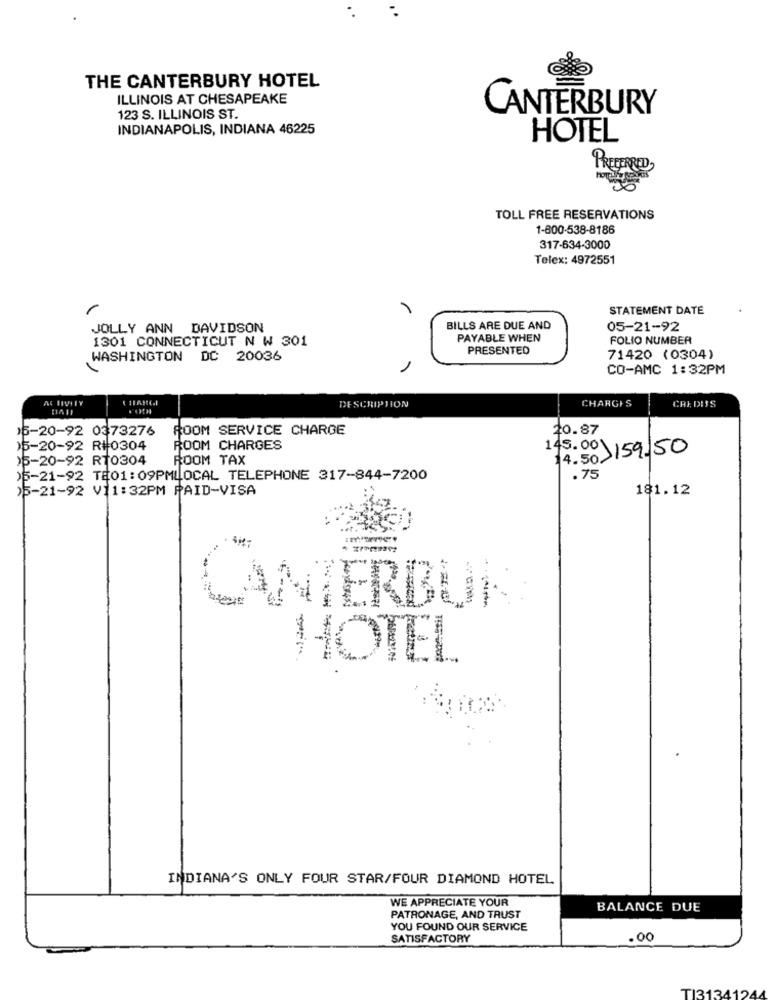
THE CANTERBURY HOTEL
ILLINOIS AT CHESAPEAKE
CANTERBURY
123 S. ILLINOIS ST.
INDIANAPOLIS, INDIANA 46225
HOTEL
PREFERRED,
TOLL FREE RESERVATIONS
1-800-538-8186
317-634-3000
Telex: 4972551
STATEMENT DATE
JOLLY ANN DAVIDSON
BILLS ARE DUE AND
05-21-92
1301 CONNECTICUT N W 301
PAYABLE WHEN
FOLIO NUMBER
PRESENTED
WASHINGTON DC 20036
71420 (0304)
CO-AMC 1:32PM
ACTIVITY
DESCRIPTION
CHARGES
CREDIS
16-20-92 0373276
ROOM SERVICE CHARGE
20.87
)5-20-92 R#0304
ROOM CHARGES
145.00)
14.50 159,50
15-20-92 RT0304
ROOM TAX
)5-21-92 TE01:09PMLOCAL TELEPHONE 317-844-7200
.75
)5-21-92 V11:32PM PAID-VISA
181.12
CANTERBUR
HOTEL
INDIANA'S ONLY FOUR STAR/FOUR DIAMOND HOTEL
WE APPRECIATE YOUR
BALANCE DUE
PATRONAGE, AND TRUST
YOU FOUND OUR SERVICE
SATISFACTORY
.00
TI3134124